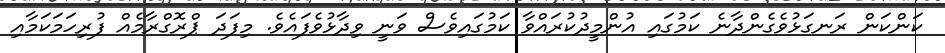
ކަންކަން ރަނގަޅުވެގެންދާނެ ކަމުގައި އުންމީދުުކުރައްވާ ކަމުގައިވެސް ވަނީ ވިދާޅުވެފައެވެ. މިފަދަ ޕްރޮގްރާމެއް ފުރިހަމަކަމާއި